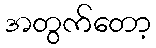
အတွက်တော့